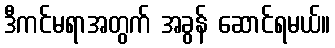
ဒီကင်မရာအတွက် အခွန် ဆောင်ရမယ်။